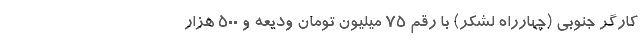
کارگر جنوبی (چهارراه لشکر) با رقم ۷۵ میلیون تومان ودیعه و ۵۰۰ هزار